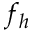
f _ { h }